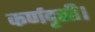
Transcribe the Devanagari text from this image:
कर्णदृसी।